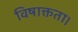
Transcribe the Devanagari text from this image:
विषाक्तता।